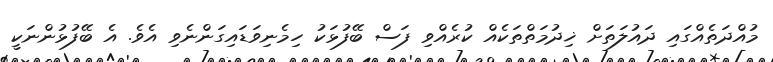
މުއްދަތެއްގައި ދައުލަތަށް ޚިދުމަތްތަކެއް ކުރެއްވި ފަސް ބޭފުޅަކު ހިމެނިވަޑައިގަންނެވި އެވެ. އެ ބޭފުޅުންނަކީ